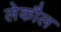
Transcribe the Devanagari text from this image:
लेकौल